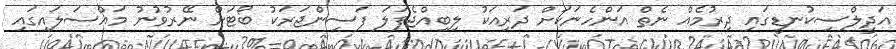
އަދީލްސިކުނޑީގައި ދިރުމެއް ނެތް އަންހެނަކަށް ދަރިއަކު ލިބިއްޖެފަލަ ފަސިންޖަރަކު ބޯޓަށް ނޭރުވުނު މައްސަލައިގައި